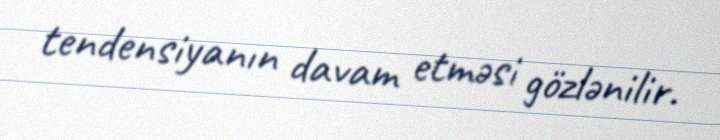
tendensiyanın davam etməsi gözlənilir.